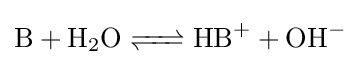
{\ce {B + H2O <=> HB+ + OH-}}